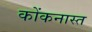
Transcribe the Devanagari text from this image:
कोंकनास्त